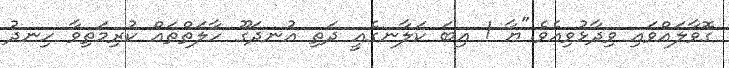
ގޮވާލައްވައި ވިދާޅުވިއެވެ."ޔާ ! އިބަ ކަލާނގެއީ ދަތި އުނދަގޫ ހާލަތްތައް ކުރިމަތިވާ ހިނދު